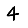
Digit: 4